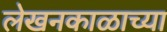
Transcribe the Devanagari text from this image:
लेखनकाळाच्या